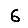
Digit: 6